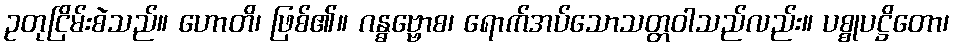
ဥတုငြိမ်းစဲသည်။ ဟောတိ၊ ဖြစ်၏။ ဂန္ဓဗ္ဗောစ၊ ရောက်အပ်သောသတ္တဝါသည်လည်း။ ပစ္စုပဋ္ဌိတော၊